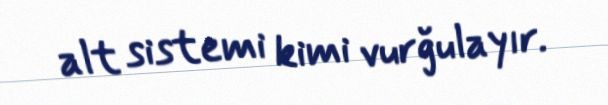
alt sistemi kimi vurğulayır.